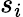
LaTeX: s_{i}